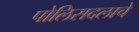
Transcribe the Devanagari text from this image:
पोलिसदलाचे